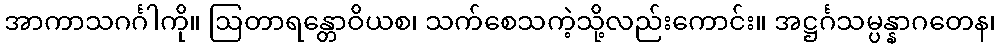
အာကာသဂင်္ဂါကို။ ဩတာရန္တောဝိယစ၊ သက်စေသကဲ့သို့လည်းကောင်း။ အဋ္ဌင်္ဂသမ္ပန္နာဂတေန၊